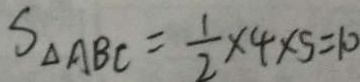
S _ { \Delta A B C } = \frac { 1 } { 2 } \times 4 \times 5 = 1 0